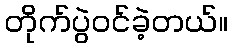
တိုက်ပွဲဝင်ခဲ့တယ်။